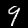
Digit: 9